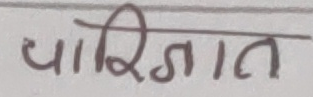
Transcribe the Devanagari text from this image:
पारिजात